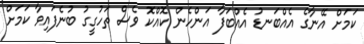
ކަމަށް އޭނާގެ އެއްބަނޑު އެއްބަފާ އަންހެން ކޮއްކޮ ވެސް ތަހުގީގު ބުނެފައިވާ ކަމަށް